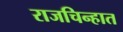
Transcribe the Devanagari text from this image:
राजचिन्हात